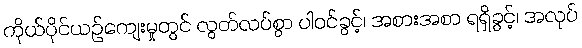
ကိုယ်ပိုင်ယဉ်ကျေးမှုတွင် လွတ်လပ်စွာ ပါဝင်ခွင့်၊ အစားအစာ ရရှိခွင့်၊ အလုပ်